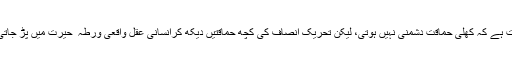
درست ہے کہ کھلی حماقت دشمنی نہیں ہوتی، لیکن تحریک انصاف کی کچھ حماقتیں دیکھ کرانسانی عقل واقعی ورطہ ٔ حیرت میں پڑ جاتی ہے۔